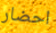
احضار